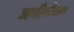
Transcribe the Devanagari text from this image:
जमीनीस्तर